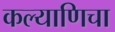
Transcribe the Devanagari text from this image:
कल्याणिचा